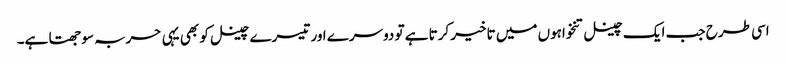
اسی طرح جب ایک چینل تنخواہوں میں تاخیر کرتا ہے تو دوسرے اور تیسرے چینل کو بھی یہی حربہ سوجھتا ہے۔